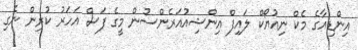
އިންޑިއާގެ މެކް ނިއުޔޯކް ލައިފް އިންޝިއުއަރެންސުން މީގެ ފަސް އަހަރު ކުރިން ނެގި